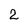
Character: 2